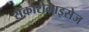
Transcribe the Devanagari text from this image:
सैकारोमाइसेज